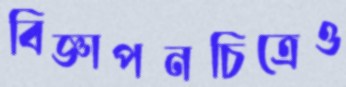
বিজ্ঞাপনচিত্রেও